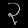
Digit: ၃